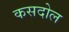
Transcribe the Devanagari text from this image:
कसदोल